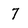
Character: 7